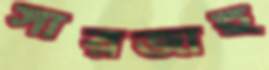
সারজাহ